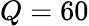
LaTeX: Q=60